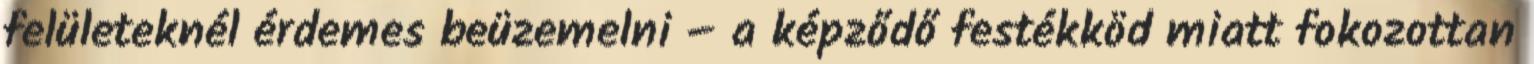
felületeknél érdemes beüzemelni – a képződő festékköd miatt fokozottan